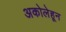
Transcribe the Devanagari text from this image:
अकोलेहून